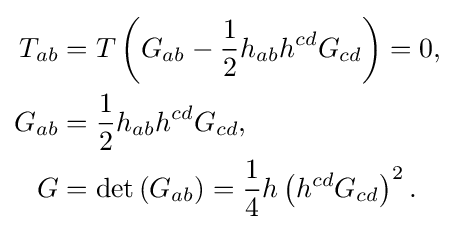
{\begin{aligned}T_{ab}&=T\left(G_{ab}-{\frac {1}{2}}h_{ab}h^{cd}G_{cd}\right)=0,\\G_{ab}&={\frac {1}{2}}h_{ab}h^{cd}G_{cd},\\G&=\operatorname {det} \left(G_{ab}\right)={\frac {1}{4}}h\left(h^{cd}G_{cd}\right)^{2}.\end{aligned}}